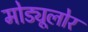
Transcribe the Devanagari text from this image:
मोड्यूलोर